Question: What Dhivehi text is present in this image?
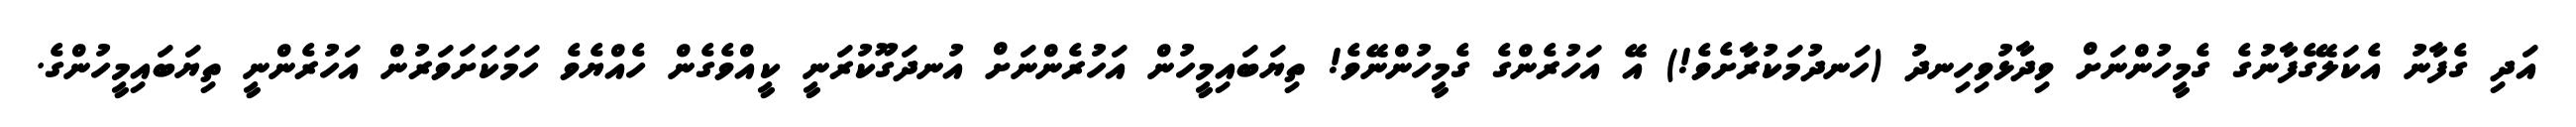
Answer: އަދި ގެފާނު އެކަލޭގެފާނުގެ ގެމީހުންނަށް ވިދާޅުވިހިނދު (ހަނދުމަކުރާށެވެ!) އޭ އަހުރެންގެ ގެމީހުންނޭވެ! ތިޔަބައިމީހުން އަހުރެންނަށް އުނދަގޫކުރަނީ ކީއްވެގެން ހެއްޔެވެ ހަމަކަށަވަރުން އަހުރެންނީ ތިޔަބައިމީހުންގެ.